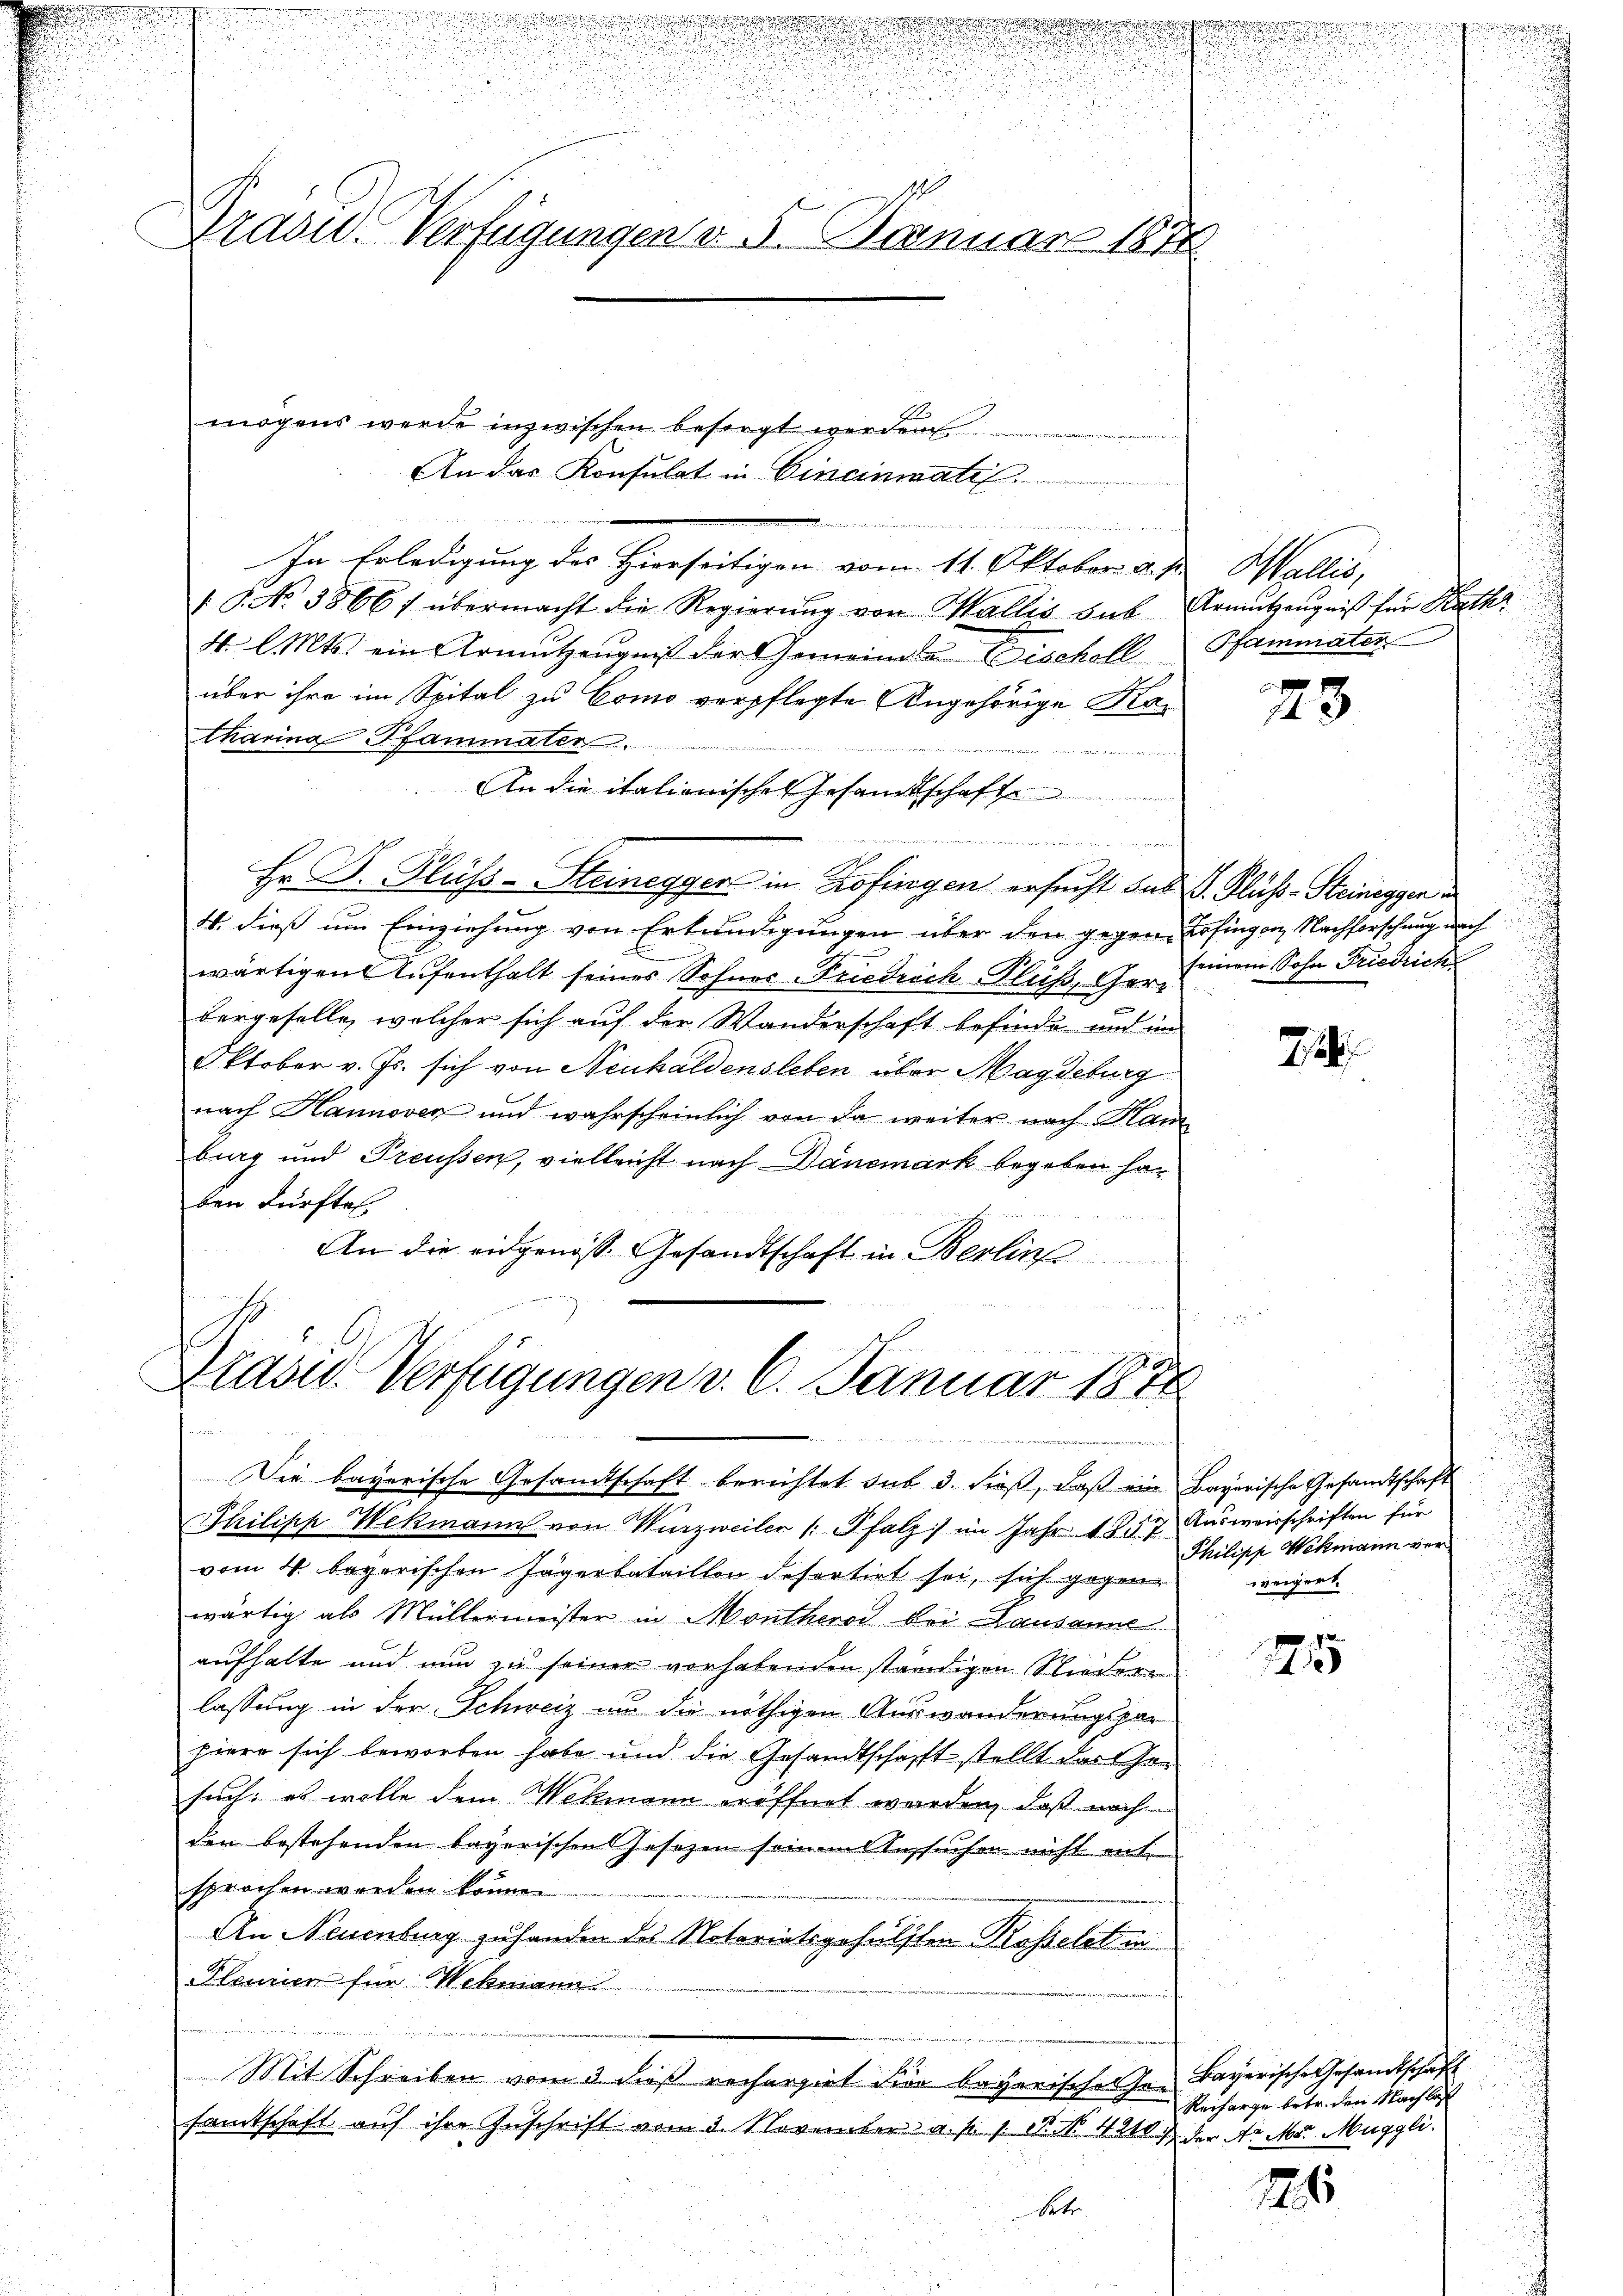
.
Tradid. Verfügungen d. 5. Januar 1878

mögens werde inzwischen besorgt werden
An das Konsulat in Cincinmatis.
In Erledigung des Hierseitigen vom 11. Oktober a. p. Wallis,
1. No. 3866; übermacht die Regierŭng von Wallis sub Armutzeugniß für Kath
4. l. Mts. ein Armutzeugniß der Gemeindes Bischoll
über ihre im Spital zu Como verpflegte Angehörige Katharina Pfammater
221. Ferdieser der si
An die italienisches Gesamtschaft
.
Hr Dr. Fluss-Steinegger in Zofingen ersucht das L. Fluss-Steinegger
41. dieß um Einziehung von Erkundigungen über den gegen Erfingen Nachforschung nach
wärtigen Aufenthalt seines Sohnes Kredisch-Fluss, Ger seinem Sohn Friedrich
F
bergeselle, welcher sich auf der Wanderschaft befinde und im
Oktober v. Js. sich von Neuhaldensleben über Magdeburg
nach Hannover und wahrscheinlich von da weiter nach Kam
burg und Preussen, vielleicht nach Danemark begeben haben dürfte

An die eidgenöss. Gesandtschaft in Berlins

Drasis Verfügungen v. 6. Januar 1874

n

Die bayerische Gesandtschaft berichtet sub 3. dieß, daß ein Bayerische Gesandtschaft
Philipp Wekmann von Wurzweiter /: Pfalz) im Jahr 1857. Ausweisschriften für
vom 4. begorischen Jägerbataillon defertirt sei, sich gegen
wärtig als Müllermeister in Montherod bei Lausanne
aufhalte und nun zu seiner vorhabenden ständigen Nieder
lassung in der Schweiz um die nöthigen Auswanderungspar
piere sich beworben habe und die Gesandtschafft stellt das Gesuch: es wolle dem Wekmann eröffnet werden, daß nach
den bestehenden bayerischen Gesetzen seinem Ansuchen nicht entsprochen werden könne.
An Neuenburg zu handen des Notariatsgehälften Rosseletini
Pleurien für Wekmann
Mit Schreiben vom 3. dieß rechergiet der begerischen In Bayerische Gesandtschaft
samtschaft auf ihre Inschrift vom 3. November a. p. 1 S. Nr. 42107 der Ar Mor. Muggli.
Retr

d
u

Pfammater

f
43

u

72

Philipp Wehmann vern
weigert.

7
e

Recharge betr. den Nachlas

126